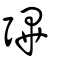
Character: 彃